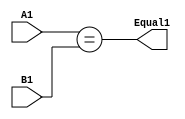
module eq1(A1, B1, Equal1);
  input A1;
  input B1;
  wire A1;
  wire B1;
  output Equal1;
  wire Equal1;
  assign Equal1 = (A1==B1);
endmodule

module eq2(A2,B2,Equal2);
  input [1:0] A2;
  input [1:0] B2;
  wire [1:0] A2;
  wire [1:0] B2;
  output Equal2;
  wire Equal2;
  wire e1, e2;
  eq1 forFirstBit( .A1(A2[1]), .B1(B2[1]), .Equal1(e2));
  eq1 forSecondBit( .A1(A2[0]), .B1(B2[0]), .Equal1(e1));
  assign Equal2 = (e1 & e2);
endmodule

module eq4(A3,B3,Equal3);
  input [3:0] A3;
  input [3:0] B3;
  wire [3:0] A3;
  wire [3:0] B3;
  output Equal3;
  wire Equal3;
  wire e3, e4;
  eq2 p1( .A2(A3[3:2]), .B2(B3[3:2]), .Equal2(e3));
  eq2 p2( .A2(A3[1:0]), .B2(B3[1:0]), .Equal2(e4));
  assign Equal3 = (e3 & e4);
endmodule